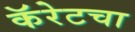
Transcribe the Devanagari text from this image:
कॅरेटचा